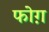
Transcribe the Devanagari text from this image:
फोग़